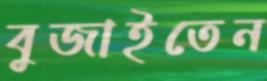
বুজাইতেন